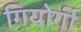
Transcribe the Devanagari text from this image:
गियोर्गी